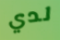
لدي